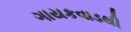
ગાયકવાડથી